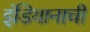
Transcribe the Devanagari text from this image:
इंडियानाची